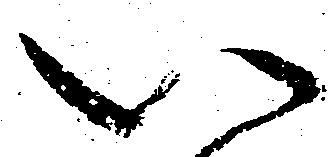
い